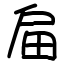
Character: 㧂